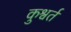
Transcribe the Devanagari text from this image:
कुश्वर्त